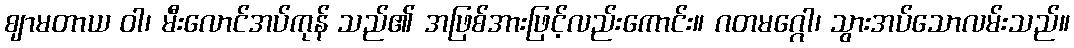
ဈာမတာယ ဝါ၊ မီးလောင်အပ်ကုန် သည်၏ အဖြစ်အားဖြင့်လည်းကောင်း။ ဂတမဂ္ဂေါ၊ သွားအပ်သောလမ်းသည်။